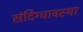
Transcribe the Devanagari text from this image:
संदिग्धावस्था